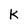
Character: k